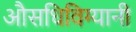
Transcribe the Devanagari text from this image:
औसधिविग्यानी